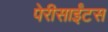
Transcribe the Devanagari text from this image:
पेरीसाईंटस